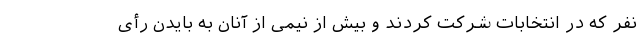
نفر که در انتخابات شرکت کردند و بیش از نیمی از آنان به بایدن رأی